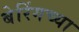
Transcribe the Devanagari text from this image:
बेरिंगच्या